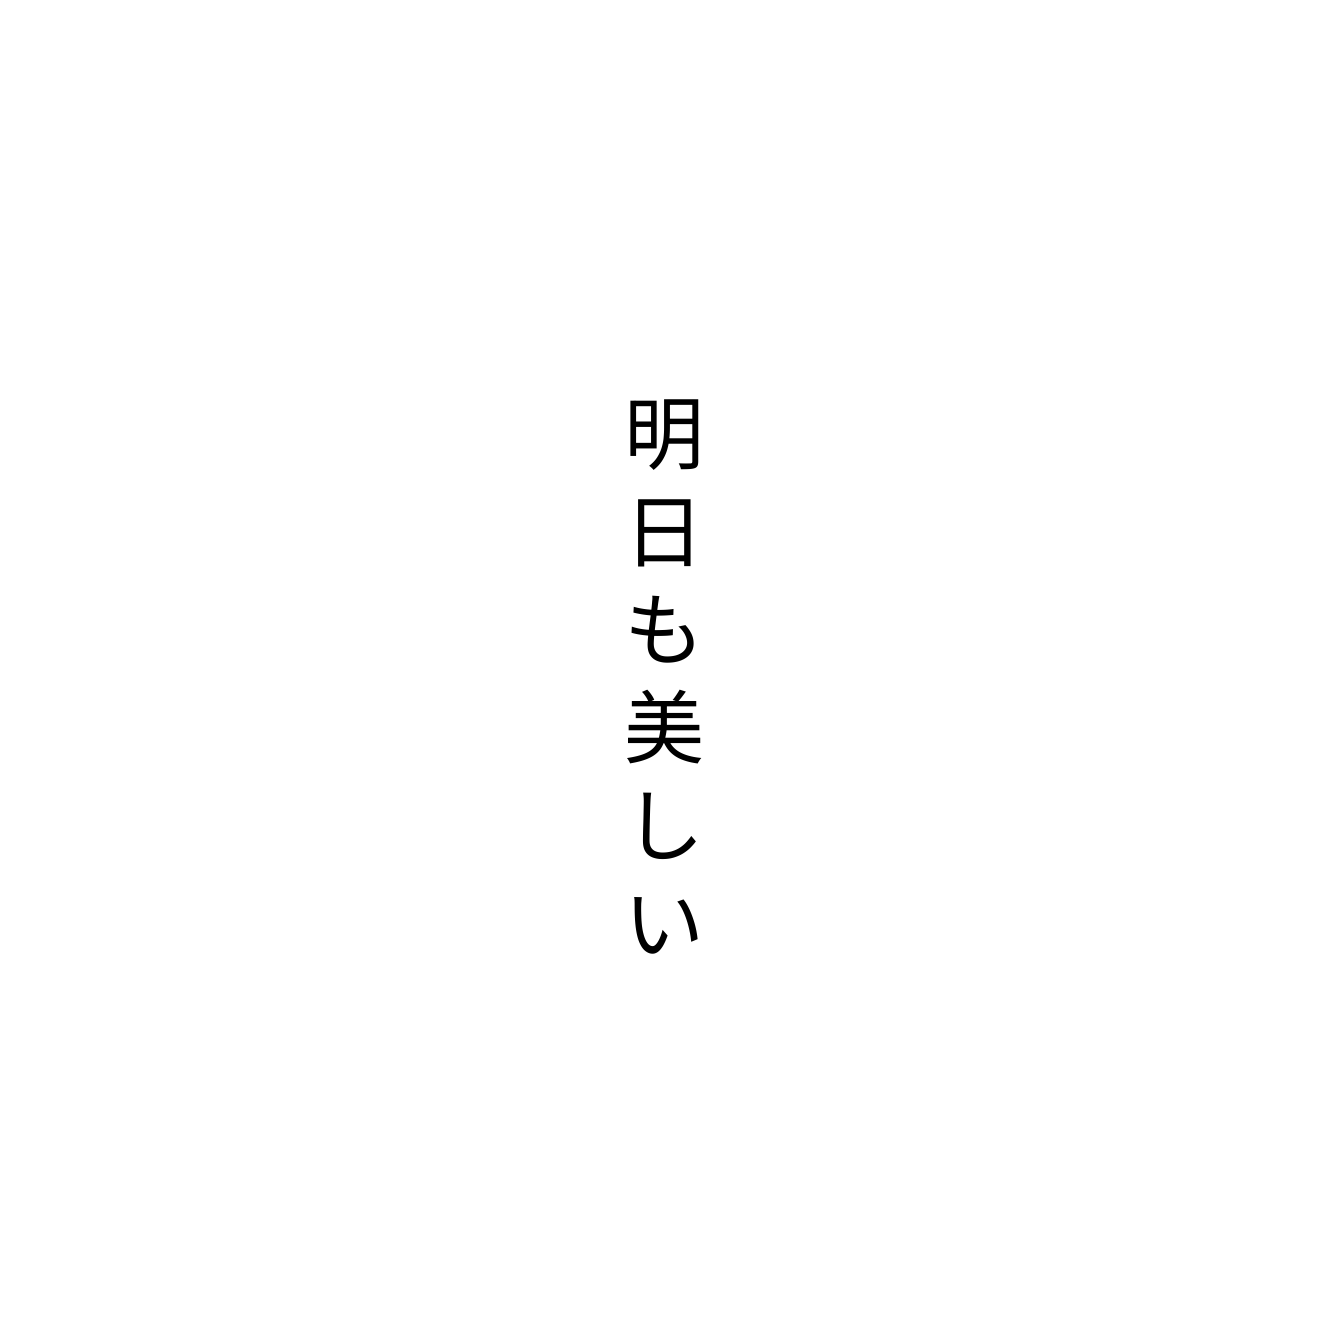
明日も美しい